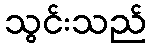
သွင်းသည်